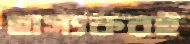
হাস্যকরই